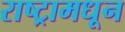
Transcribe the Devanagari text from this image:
राष्ट्रामधून